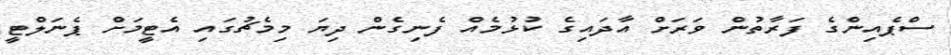
ސްޕެއިންގެ ފަރާތުން ވަރަށް އާދައިގެ ކުޅުމެއް ފެނިގެން ދިޔަ މިމެޗުގައި އެޓީމަށް ޕެނަލްޓީ